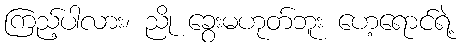
ကြည့်ပါလား၊ ညို ခွေးမဟုတ်ဘူး ဟေ့ရောင်ရဲ့